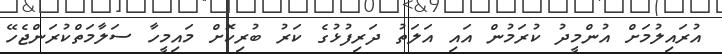
އުރައިލުމަށް އުންމީދު ކުރަމުން އައި އަލަތު ދަރިފުޅުގެ ކަރު ބުރިކޮށް މައިމީހާ ސަލާމަތްކުރަންޖެހޭ